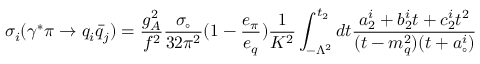
\sigma _ { i } ( \gamma ^ { * } \pi \rightarrow q _ { i } \bar { q } _ { j } ) = \frac { g _ { A } ^ { 2 } } { f ^ { 2 } } \frac { \sigma _ { \circ } } { 3 2 \pi ^ { 2 } } ( 1 - \frac { e _ { \pi } } { e _ { q } } ) \frac { 1 } { K ^ { 2 } } \int _ { - \Lambda ^ { 2 } } ^ { t _ { 2 } } d t \frac { a _ { 2 } ^ { i } + b _ { 2 } ^ { i } t + c _ { 2 } ^ { i } t ^ { 2 } } { ( t - m _ { q } ^ { 2 } ) ( t + a _ { \circ } ^ { i } ) }